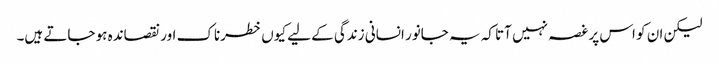
لیکن ان کو اس پر غصہ نہیں آتا کہ یہ جانور انسانی زندگی کے لیے کیوں خطرناک اور نقصاندہ ہو جاتے ہیں۔